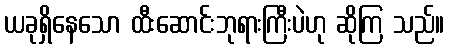
ယခုရှိနေသော ထီးဆောင်းဘုရားကြီးပဲဟု ဆိုကြ သည်။